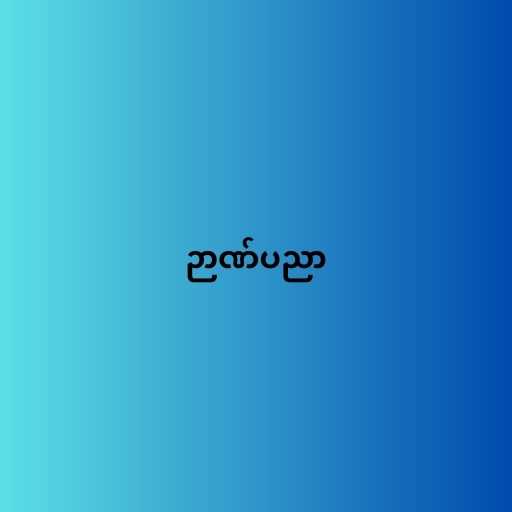
ဉာဏ်ပညာ